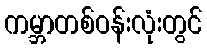
ကမ္ဘာတစ်ဝန်းလုံးတွင်